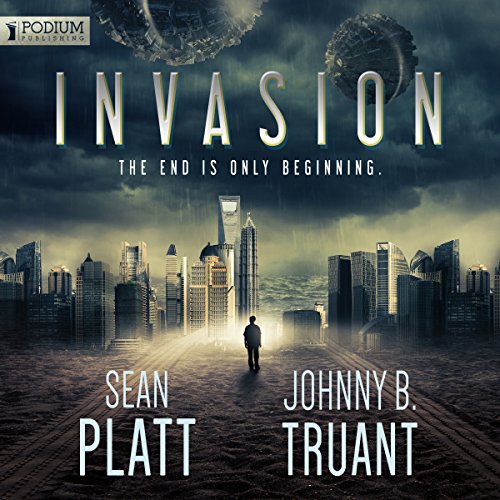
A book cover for Invasion: Alien Invasion, Book 1; Sean Platt; Science Fiction & Fantasy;